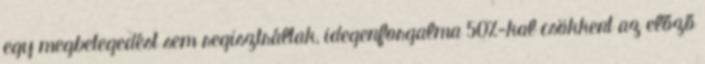
egy megbetegedést sem regisztráltak, idegenforgalma 50%-kal csökkent az előző